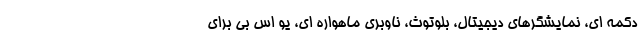
دکمه ای، نمایشگرهای دیجیتال، بلوتوث، ناوبری ماهواره ای، یو اس بی برای